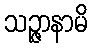
သဉ္ဇာနာမိ